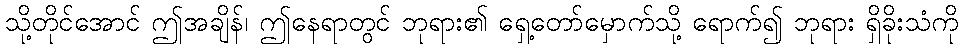
သို့တိုင်အောင် ဤအချိန်၊ ဤနေရာတွင် ဘုရား၏ ရှေ့တော်မှောက်သို့ ရောက်၍ ဘုရား ရှိခိုးသံကို